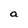
Character: a